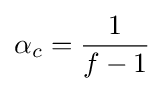
\alpha _{c}={\frac {1}{f-1}}